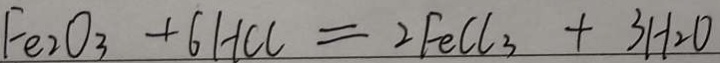
F e _ { 2 } O _ { 3 } + 6 H C l = 2 F e C l _ { 3 } + 3 H _ { 2 } O